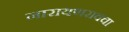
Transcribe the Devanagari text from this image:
नारायणरावचा